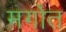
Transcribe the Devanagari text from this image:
मर्गोत